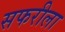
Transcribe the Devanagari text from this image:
सफरीला